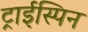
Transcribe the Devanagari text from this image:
ट्राईस्पिन